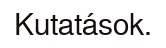
Kutatások.